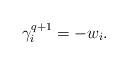
LaTeX: \begin{align*} \gamma_{i}^{q+1}=-w_{i}.\end{align*}